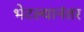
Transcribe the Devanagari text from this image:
भेटल्यानंतर